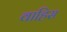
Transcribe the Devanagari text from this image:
वाहिस